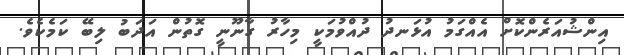
އިންޝުއަރެންކޮށް އެއްގަމު އުޅަނދު ދުއްވުމަކީ މިހާރު ގާނޫނީ ގޮތުން އަދަބު ލިބޭ ކަމެކެވެ.